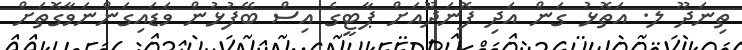
ތިނަދޫ ލ. އަތޮޅު ގަން އަދި ފޮނަދޫއަށް ޕާޓީގެ އިސް ބޭފުޅުން ވަޑައިގަންނަވާގޮތަށް